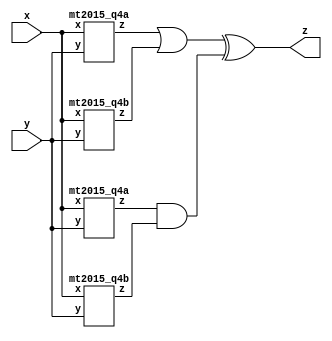
module top_module (input x, input y, output z);
    wire z1,z2,z3,z4;
    wire z12,z34;
    mt2015_q4a IA1(x,y,z1);
    mt2015_q4b IB1(x,y,z2);
    mt2015_q4a IA2(x,y,z3);
    mt2015_q4b IB2(x,y,z4);
    assign z12 = z1 || z2;
    assign z34 = z3 && z4;
    assign z = z12 ^ z34;
endmodule

module mt2015_q4a (input x, input y, output z);
    assign z = (x^y) & x;
endmodule

module mt2015_q4b ( input x, input y, output z );
    assign z = ~(x^y);
endmodule